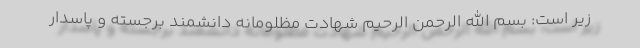
زیر است: بسم الله الرحمن الرحیم شهادت مظلومانه دانشمند برجسته و پاسدار